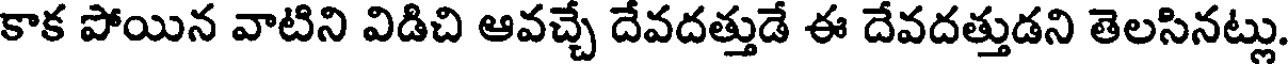
కాక పోయిన వాటిని విడిచి ఆవచ్చే దేవదత్తుడే ఈ దేవదత్తుడని తెలసినట్లు.